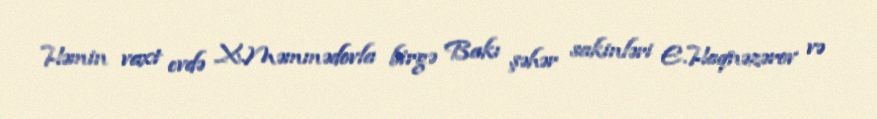
Həmin vaxt evdə X.Məmmədovla birgə Bakı şəhər sakinləri E.Haqnəzərov və